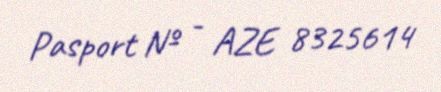
Pasport № - AZE 8325614